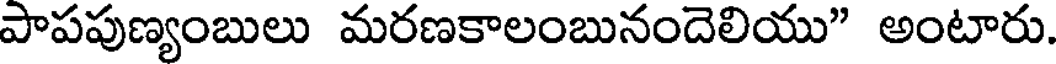
పాపపుణ్యంబులు మరణకాలంబునందెలియు" అంటారు.